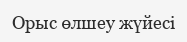
Орыс өлшеу жүйесі